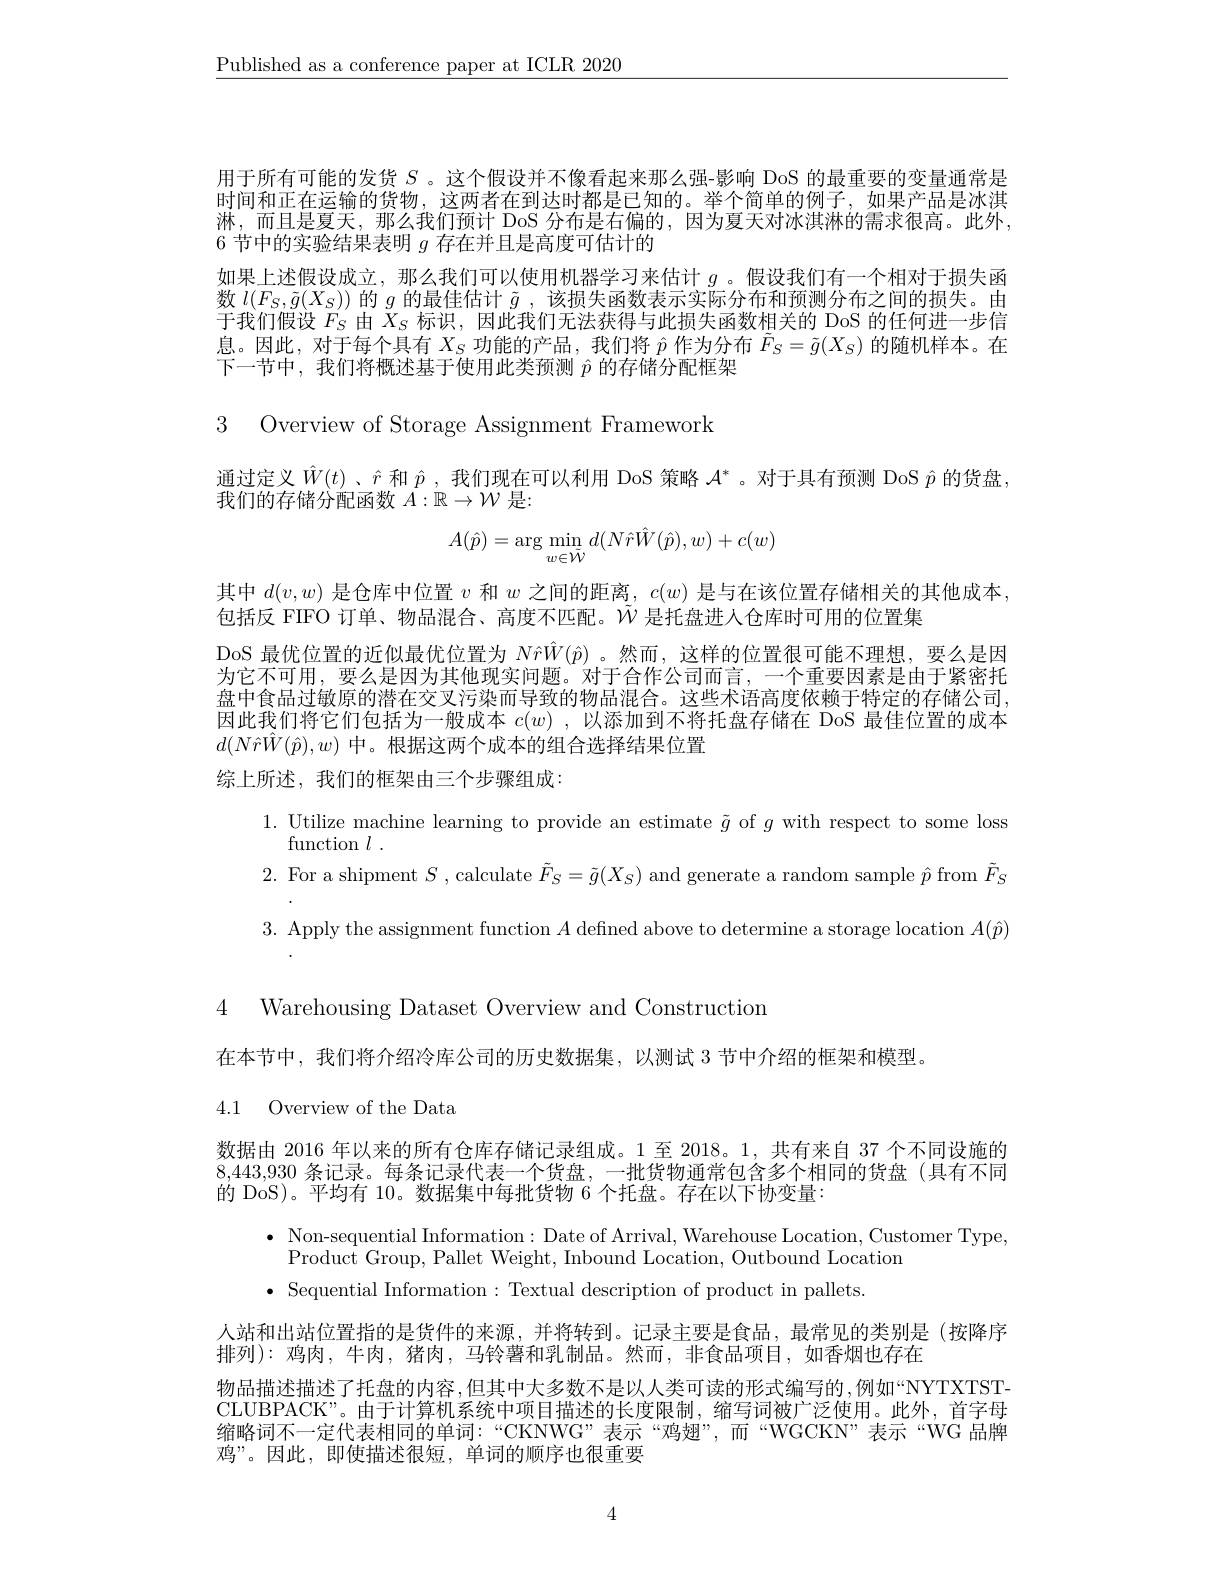
$\underline{\text{Published as a conference paper at ICLR 2020}}$

用于所有可能的发货$S$ 。这个假设并不像看起来那么强-影响 DoS 的最重要的变量通常是时间和正在运输的货物，这两者在到达时都是已知的。举个简单的例子，如果产品是冰淇淋，而且是夏天，那么我们预计 DoS 分布是右偏的，因为夏天对冰淇淋的需求很高。此外， 6 节中的实验结果表明$g$存在并且是高度可估计的
如果上述假设成立，那么我们可以使用机器学习来估计$g$ 。假设我们有一个相对于损失函数$l(F_S,\tilde{g}(X_S))$的$g$的最佳估计$\tilde{g},\bar\text{ 该损失函数表示实际分布和预测分布之间的损失。由}$ 于我们假设$F_S$由$X_S$标识，因此我们无法获得与此损失函数相关的 DoS 的任何进一步信息。因此，对于每个具有$X_S$功能的产品，我们将$\hat{p}$作为分布$\tilde{F}_S=\tilde{g}(X_S)$的随机样本。在下一节中，我们将概述基于使用此类预测$\hat{p}$的存储分配框架

3 Overview of Storage Assignment Framework

通过定义$\hat{W}(t)$、$\hat{r}$和$\hat{p}$,我们现在可以利用 DoS 策略$\mathcal{A}^*$。对于具有预测 DoS $\hat{p}$的货盘，
我们的存储分配函数$A:\mathbb{R}\to\mathcal{W}$是：
$$A(\hat{p})=\arg\min_{w\in\tilde{\mathcal{W}}}d(N\hat{r}\hat{W}(\hat{p}),w)+c(w)$$
其中$d(v,w)$是仓库中位置$v$和$w$之间的距离，$c(w)$是与在该位置存储相关的其他成本，

包括反 FIFO 订单、物品混合、高度不匹配。$\tilde{\mathcal{W}}$是托盘进人仓库时可用的位置集

DoS 最优位置的近似最优位置为$N\hat{r}\hat{W}(\hat{p})$ 。然而，这样的位置很可能不理想，要么是因

为它不可用，要么是因为其他现实问题。对于合作公司而言，一个重要因素是由于紧密托

盘中食品过敏原的潜在交叉污染而导致的物品混合。这些术语高度依赖于特定的存储公司

因此我们将它们包括为一般成本$c(w)$ ,以添加到不将托盘存储在 DoS 最佳位置的成本

$d(N\hat{r}\hat{W}(\hat{p}),w)$中。根据这两个成本的组合选择结果位置

综上所述，我们的框架由三个步骤组成：

1. Utilize machine learning to provide an estimate $\tilde{g}$ of $g$ with respect to some loss
function $l$ .
2. For a shipment $S$, calculate $\tilde{F}_S=\tilde{g}(X_S)$ and generate a random sample $\hat{p}$ from $\tilde{F}_S$ 3. Apply the assignment function $A$ defined above to determine a storage location $A(\hat{p})$

4 Warehousing Dataset Overview and Construction

在本节中，我们将介绍冷库公司的历史数据集，以测试 3 节中介绍的框架和模型

4.1 Overview of the Data

数据由 2016 年以来的所有仓库存储记录组成。1 至 2018。1, 共有来自 37 个不同设施的8,443,930条记录。每条记录代表一个货盘，一批货物通常包含多个相同的货盘(具有不同的 DoS)。平均有 10。数据集中每批货物 6 个托盘。存在以下协变量：

$\bullet$ Non-sequential Information:Date of Arrival, Warehouse Location, Customer Type,
Product Group, Pallet Weight, Inbound Location, Outbound Location
$\bullet$ Sequential Information:Textual description of product in pallets

人站和出站位置指的是货件的来源，并将转到。记录主要是食品，最常见的类别是(按降序
排列): 鸡肉，牛肉，猪肉，马铃薯和乳制品。然而，非食品项目，如香烟也存在
物品描述描述了托盘的内容，但其中大多数不是以人类可读的形式编写的，例如“NYTXTSTCLUBPACK”。由于计算机系统中项目描述的长度限制，缩写词被广泛使用。此外，首字母缩略词不一定代表相同的单词：“CKNWG”表示“鸡翅”,而“WGCKN”表示“WG 品牌鸡”。因此，即使描述很短，单词的顺序也很重要

4